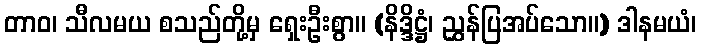
တာဝ၊ သီလမယ စသည်တို့မှ ရှေးဦးစွာ။ (နိဒ္ဒိဋ္ဌံ၊ ညွှန်ပြအပ်သော။) ဒါနမယံ၊